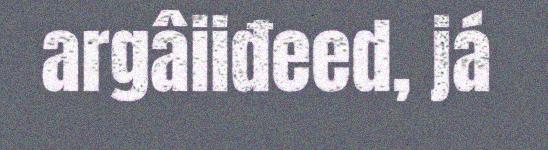
argâiiđeed, já